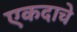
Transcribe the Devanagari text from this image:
एकदाचे